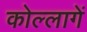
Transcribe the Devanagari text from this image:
कोल्लागें